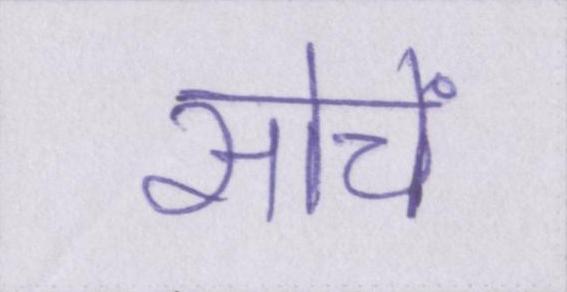
सोचें